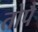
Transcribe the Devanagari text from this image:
तोपै